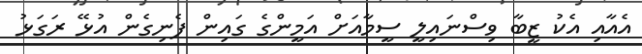
އެއާއި އެކު ޒީބާ ވިސްނައިލީ ސީމާއަށް އަމީންގެ ގައިން ފެނިގެން އުޅޭ ރަގަޅު